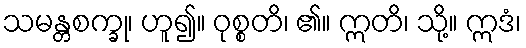
သမန္တစက္ခု၊ ဟူ၍။ ဝုစ္စတိ၊ ၏။ ဣတိ၊ သို့။ ဣဒံ၊